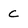
Character: c